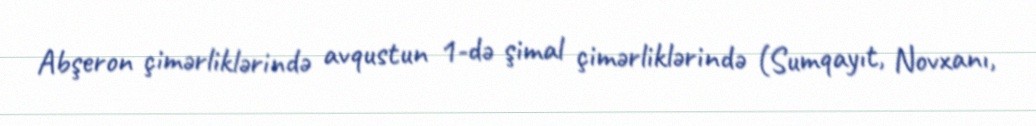
Abşeron çimərliklərində avqustun 1-də şimal çimərliklərində (Sumqayıt, Novxanı,